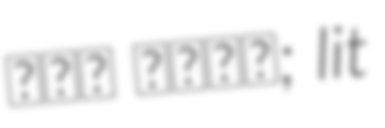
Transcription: בית הכרם; lit